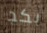
بكد